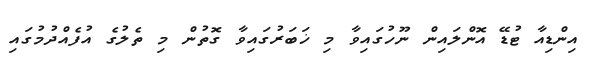
އިންޑިއާ ޓުޑޭ އޮންލައިން ނޫހުގައިވާ މި ޚަބަރުގައިވާ ގޮތުން މި ތެލުގެ އުފެއްދުމުގައި